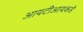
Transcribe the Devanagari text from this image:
आयटीआयकडे